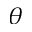
\boldsymbol { \theta }